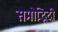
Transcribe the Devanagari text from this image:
समोद्भिदी